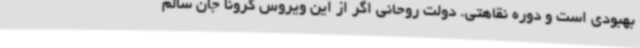
بهبودی است و دوره نقاهتی. دولت روحانی اگر از این ویروس کرونا جان سالم